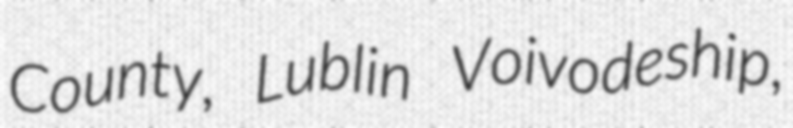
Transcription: County, Lublin Voivodeship,